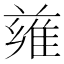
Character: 𨿄